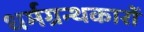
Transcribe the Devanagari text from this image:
धर्मग्रन्थकारों